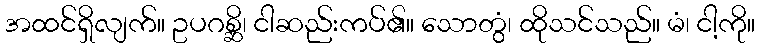
အထင်ရှိလျက်။ ဥပဂစ္ဆိ၊ ငါဆည်းကပ်၏။ သောတွံ၊ ထိုသင်သည်။ မံ၊ ငါ့ကို။